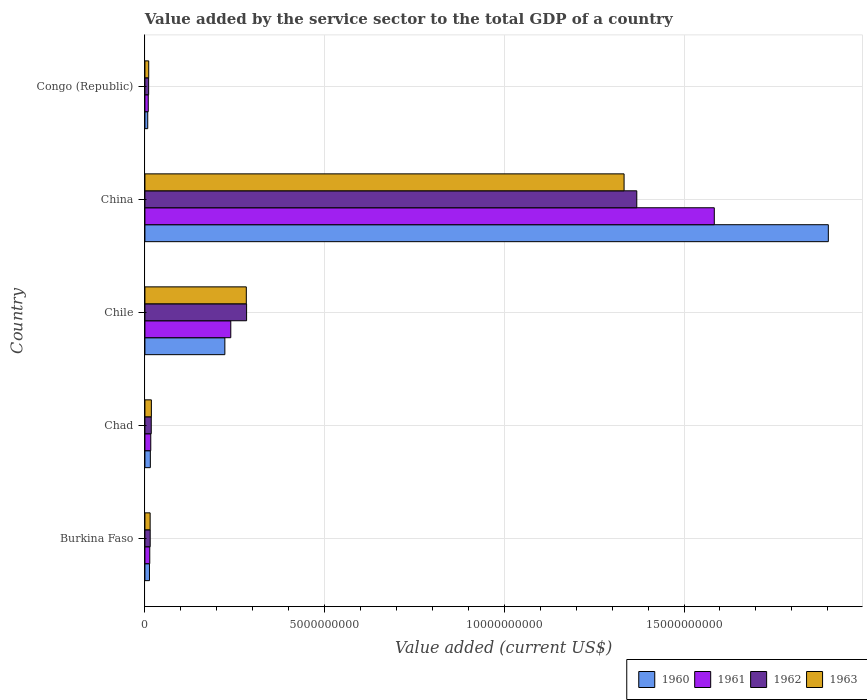
| Country | 1960 | 1961 | 1962 | 1963 |
 | --- | --- | --- | --- | --- |
 | Burkina Faso | 1.26e+08 | 1.35e+08 | 1.47e+08 | 1.45e+08 |
 | Chad | 1.51e+08 | 1.62e+08 | 1.76e+08 | 1.8e+08 |
 | Chile | 2.22e+09 | 2.39e+09 | 2.83e+09 | 2.82e+09 |
 | China | 1.9e+10 | 1.58e+10 | 1.37e+10 | 1.33e+10 |
 | Congo (Republic) | 7.82e+07 | 9.33e+07 | 1.04e+08 | 1.06e+08 |